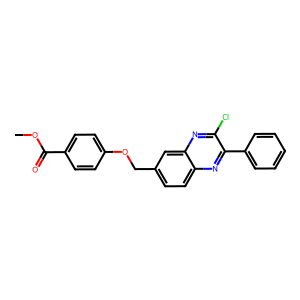
SMILES: COC(=O)c1ccc(OCc2ccc3nc(-c4ccccc4)c(Cl)nc3c2)cc1
Inhibits HIV replication: No